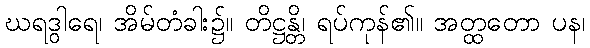
ဃရဒွါရေ၊ အိမ်တံခါး၌။ တိဋ္ဌန္တိ၊ ရပ်ကုန်၏။ အတ္ထတော ပန၊